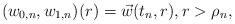
LaTeX: \begin{align*} (w_{0,n},w_{1,n})(r)=\vec{w}(t_n,r), r>\rho_n,\end{align*}